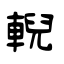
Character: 輗